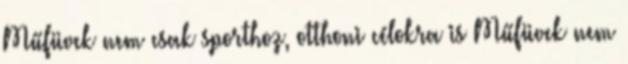
Műfüvek nem csak sporthoz, otthoni célokra is Műfüvek nem